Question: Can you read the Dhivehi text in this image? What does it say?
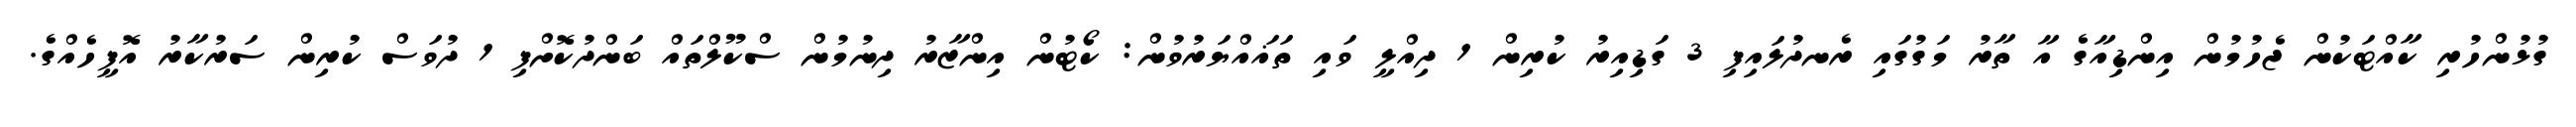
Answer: ގުޅުންހުރި ކާއްޓަކުން ޖެހުމުން އިންޑިއާގެ އާ ތާރު މަގުގައި ރެނދުލައިފި 3 ގަޑިއިރު ކުރިން 1 ދިއްލީ ވައި ތަޣައްޔަރުވުން: ކޯޓުން އިންޒާރު ދިނުމުން ސްކޫލްތައް ބަންދުކޮށްފި 1 ދުވަސް ކުރިން ސަރުކާރު އޮފީހެއްގެ.